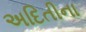
અદિતીના